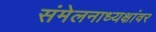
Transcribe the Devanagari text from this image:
संमेलनाध्यक्षांवर